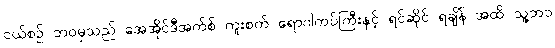
ငယ်စဉ် ဘဝမှသည် အေအိုင်ဒီအက်စ် ကူးစက် ရောဂါကပ်ကြီးနှင့် ရင်ဆိုင် ရချိန် အထိ သူ့ဘဝ